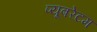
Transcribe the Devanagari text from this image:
प्यूबरेटम